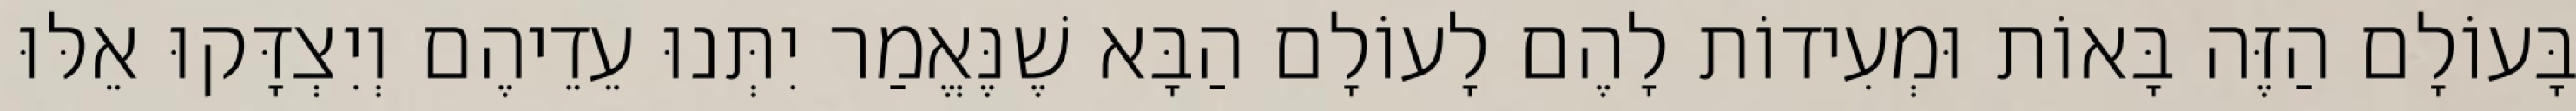
בָּעוֹלָם הַזֶּה בָּאוֹת וּמְעִידוֹת לָהֶם לָעוֹלָם הַבָּא שֶׁנֶּאֱמַר יִתְּנוּ עֵדֵיהֶם וְיִצְדָּקוּ אֵלּוּ